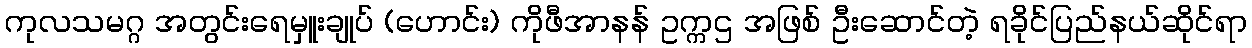
ကုလသမဂ္ဂ အတွင်းရေမှူးချုပ် (ဟောင်း) ကိုဖီအာနန် ဥက္ကဌ အဖြစ် ဦးဆောင်တဲ့ ရခိုင်ပြည်နယ်ဆိုင်ရာ